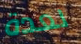
لعدة